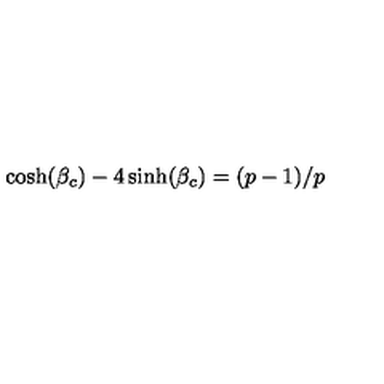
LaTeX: \cosh ( \beta _ { c } ) - 4 \sinh ( \beta _ { c } ) = ( p - 1 ) / p